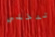
تدخلي